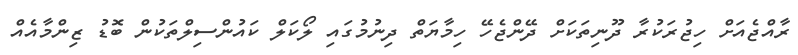
ރާއްޖެއަށް ހިޖުރަކުރާ ދޫނިތަކަށް ދޭންޖެހޭ ހިމާޔަތް ދިނުމުގައި ލޯކަލް ކައުންސިލްތަކުން ބޮޑު ޒިންމާއެއް